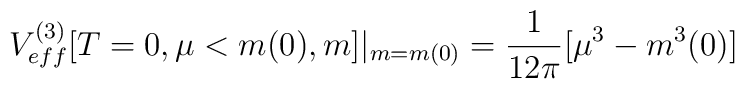
V_{eff}^{(3)}[T=0,\mu<m(0),m]|_{m=m(0)}=\frac{1}{12\pi}[\mu^3-m^3(0)]